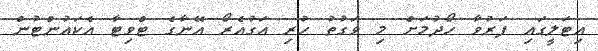
އިޓަލީގައި ފަރުވާ ހޯދުމަށް މި ވަގުތު ހުރި އަގުއެރޯ އޭނާގެ ޓްވިޓާ އެކައުންޓުން